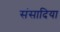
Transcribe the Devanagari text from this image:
संसादिया